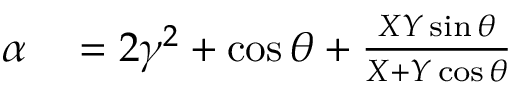
\begin{array} { r l } { \alpha } & { { } = 2 \gamma ^ { 2 } + \cos \theta + \frac { X Y \sin \theta } { X + Y \cos \theta } } \end{array}